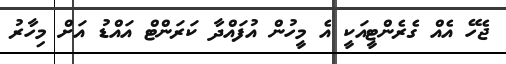
ޖެހޭ އެއް ގެރެންޓީއަކީ އެ މީހުން އުފައްދާ ކަރަންޓް އައްޑު އަށް މިހާރު